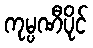
ကုမ္ပဏီပိုင်